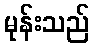
မုန်းသည်